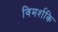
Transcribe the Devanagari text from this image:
विमर्शकि